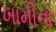
ખામીના